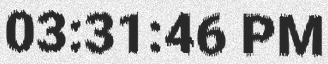
03:31:46 PM